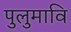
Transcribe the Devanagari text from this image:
पुलुमावि